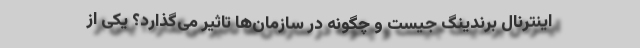
اینترنال برندینگ جیست و چگونه در سازمان‌ها تاثیر می‌گذارد؟ یکی از